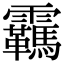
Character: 𬰕